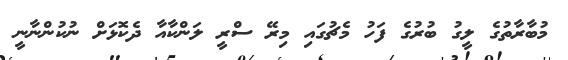
މުބާރާތުގެ ލީގު ބުރުގެ ފަހު މެޗުގައި މިރޭ ސްރީ ލަންކާއާ ދެކޮޅަށް ނުކުންނާނީ